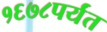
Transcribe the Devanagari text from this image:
१६७८पर्यंत